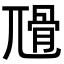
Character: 𡰅